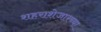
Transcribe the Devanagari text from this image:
शहराशेजारच्या